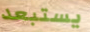
يستبعد